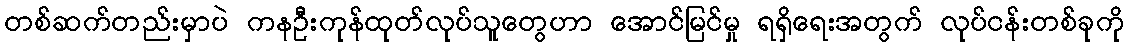
တစ်ဆက်တည်းမှာပဲ ကနဦးကုန်ထုတ်လုပ်သူတွေဟာ အောင်မြင်မှု ရရှိရေးအတွက် လုပ်ငန်းတစ်ခုကို